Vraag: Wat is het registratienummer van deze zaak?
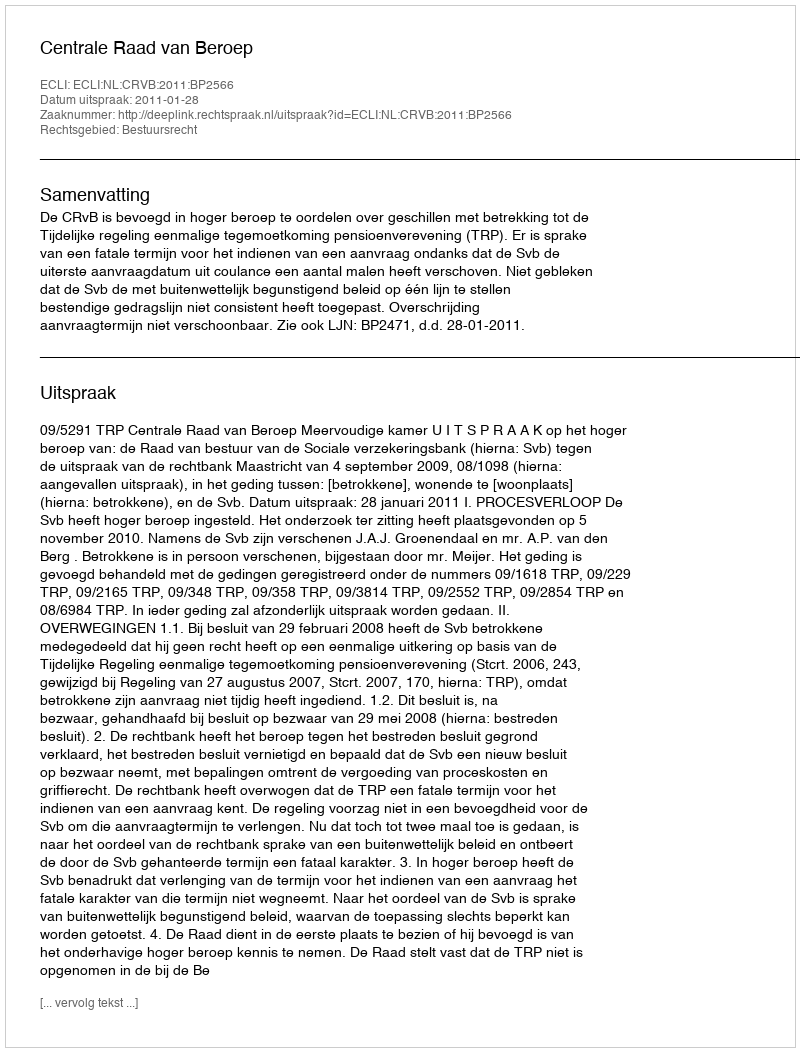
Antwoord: http://deeplink.rechtspraak.nl/uitspraak?id=ECLI:NL:CRVB:2011:BP2566